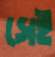
সেই